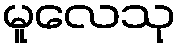
မူလေသု